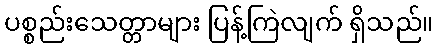
ပစ္စည်းသေတ္တာများ ပြန့်ကြဲလျက် ရှိသည်။